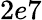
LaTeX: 2e7